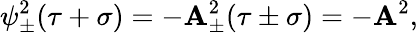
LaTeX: \psi_{\pm}^{2}(\tau+\sigma)=-\mathbf{A}_{\pm}^{2}(\tau\pm\sigma)=-\mathbf{A}^{2},